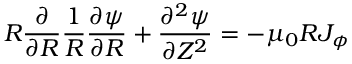
R \frac { \partial } { \partial R } \frac { 1 } { R } \frac { \partial \psi } { \partial R } + \frac { \partial ^ { 2 } \psi } { \partial Z ^ { 2 } } = - \mu _ { 0 } R J _ { \phi }